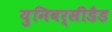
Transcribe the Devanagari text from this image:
युनिवर्सीडैड